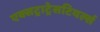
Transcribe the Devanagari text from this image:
एक्सट्राट्रेसटियर्ल्स